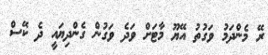
ރޭ މެންދަމު ވަގުތު އޭޔޫ މާޓަށް ވަދެ ވަގުން ގެންދިޔައީ ދެ ކޭސް